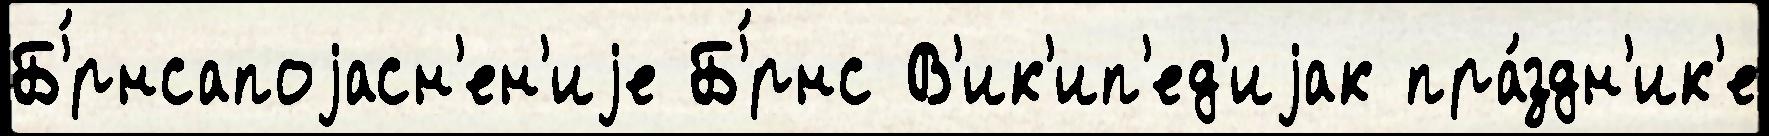
Б'́рнсапоjасн'ен'иjе Б'́рнс В'ик'ип'ед'иjак пра́здн'ик'е